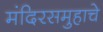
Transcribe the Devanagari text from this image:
मंदिरसमुहाचे